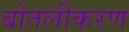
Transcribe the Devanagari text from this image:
बोतलीकरण